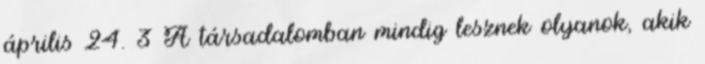
április 24. 3 A társadalomban mindig lesznek olyanok, akik